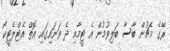
ރޭގެ މެޗުން ބާސާ ބަލިވުމުން އެ ޓީމާއި ދެ ވަނައިގައި އޮތް އެޓްލެޓީކޯ